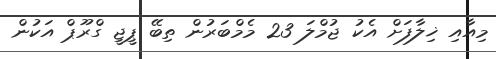
މިއާއި ޚިލާފަށް އެކު ޖުމްލަ 23 މެމްބަރުން ތިބޭ ޕީޖީ ގްރޫޕް އަކުން